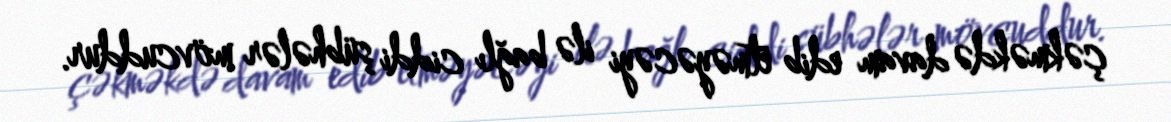
çəkməkdə davam edib etməyəcəyi ilə bağlı ciddi şübhələr mövcuddur.